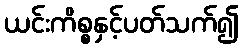
ယင်းကိစ္စနှင့်ပတ်သက်၍